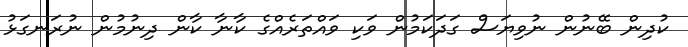
ކުދިން ބޭނުން ނުވިޔަސް ގަދަކަމުން ވަކި ވައްތަރެއްގެ ކާނާ ކާން ދިނުމުން ނުރަނގަޅު